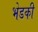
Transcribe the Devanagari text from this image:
भेडकी